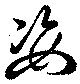
姿